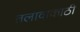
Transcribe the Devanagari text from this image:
तलावाकाठी